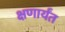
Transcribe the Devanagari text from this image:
क्षणार्यंत